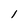
Character: l